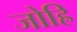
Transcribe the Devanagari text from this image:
जोह्रि